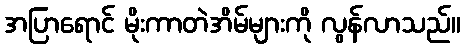
အပြာရောင် မိုးကာတဲအိမ်များကို လွန်လာသည်။